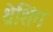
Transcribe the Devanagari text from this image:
थ्रेशिंग